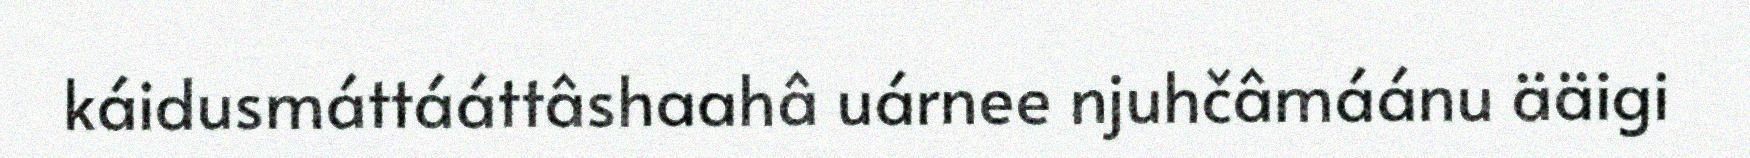
káidusmáttááttâshaahâ uárnee njuhčâmáánu ääigi